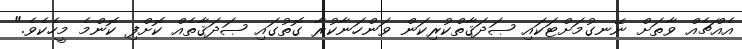
އެއްޗެއް ވާތަށް ނޭނގުމަށްޓަކައި ޞަދަޤާތްކުރިކަން ވަންހަނާކުރާ ގޮތުގައި ޞަދަޤާތެއް ކޮށްފި ކޮންމެ މީހެކެވެ."